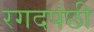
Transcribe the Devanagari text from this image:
रगदपंछी